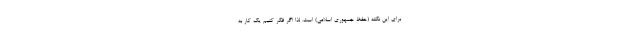
برای این نکته (حفظ جمهوری اسلامی) است. لذا اگر فکر کنیم یک کار به